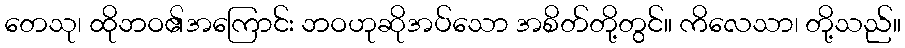
တေသု၊ ထိုဘဝ၏အကြောင်း ဘဝဟုဆိုအပ်သော အစိတ်တို့တွင်။ ကိလေသာ၊ တို့သည်။